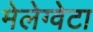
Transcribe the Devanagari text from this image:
मेलेग्वेटा